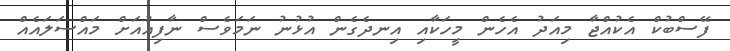
ފޭސްބުކް އެކުއްޖާ މިއަދު އެހެން މީހަކާއި އިނދެގެން އުޅުނު ނަމަވެސް ނާފިއުއަށް މައްސަލައެއް